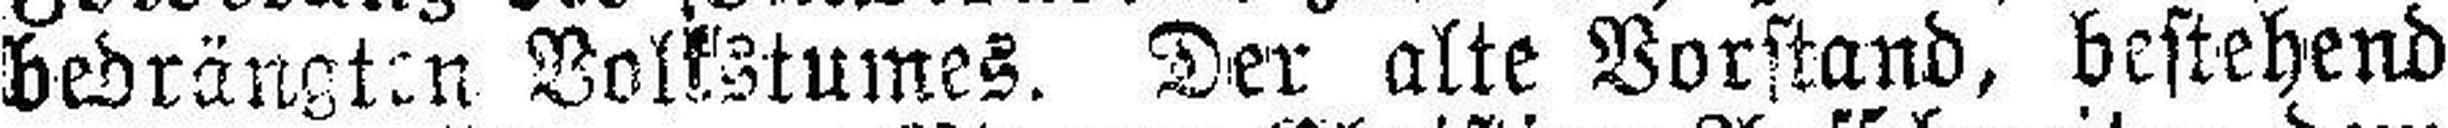
bedrängten Volkstumes. Der alte Vorstand, bestehend